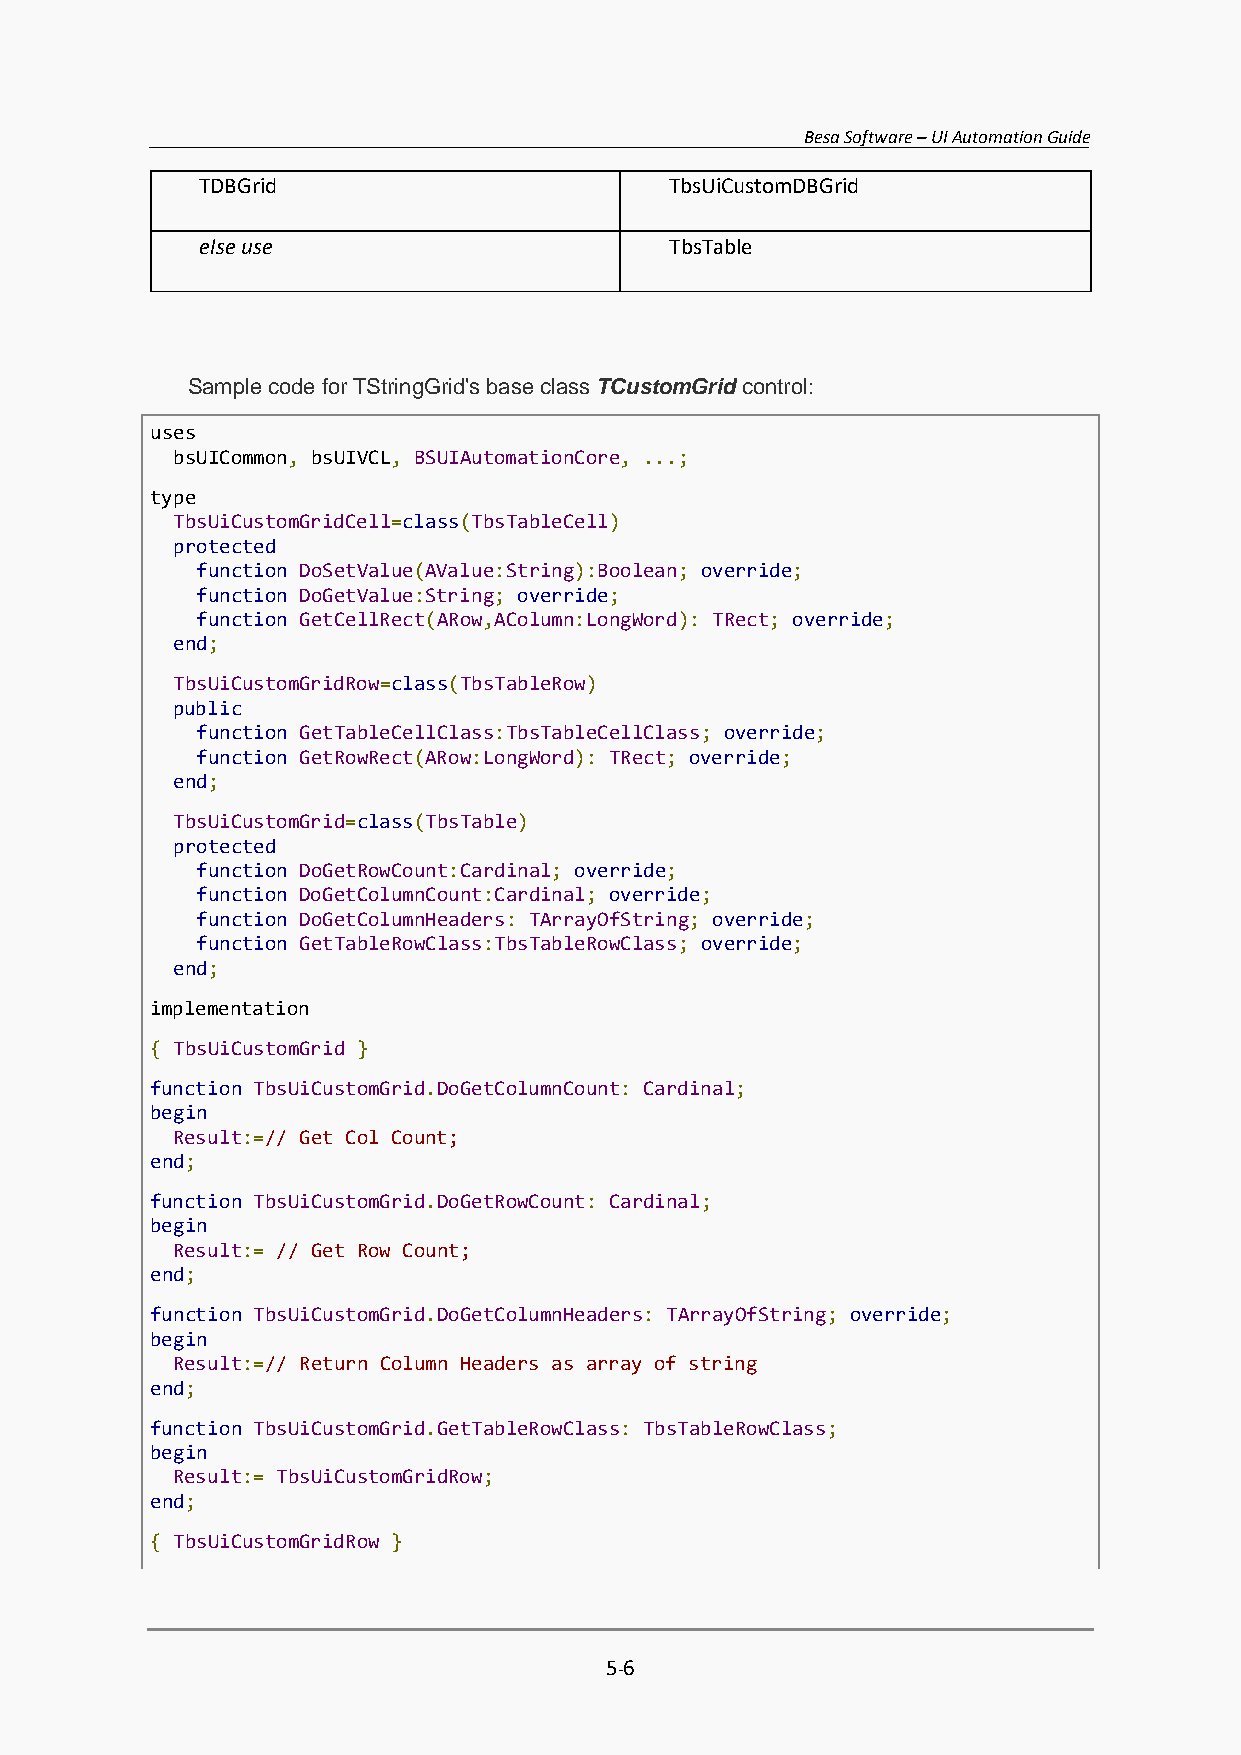
Besa Software – UI Automation Guide
 TDBGrid                        TbsUiCustomDBGrid
 else use                       TbsTable
 Sample code for TStringGrid's base class TCustomGrid control:
 uses
 bsUICommon, bsUIVCL, BSUIAutomationCore, ...;
 type
 TbsUiCustomGridCell=class(TbsTableCell)
 protected
 function DoSetValue(AValue:String):Boolean; override;
 function DoGetValue:String; override;
 function GetCellRect(ARow,AColumn:LongWord): TRect; override;
 end;
 TbsUiCustomGridRow=class(TbsTableRow)
 public
 function GetTableCellClass:TbsTableCellClass; override;
 function GetRowRect(ARow:LongWord): TRect; override;
 end;
 TbsUiCustomGrid=class(TbsTable)
 protected
 function DoGetRowCount:Cardinal; override;
 function DoGetColumnCount:Cardinal; override;
 function DoGetColumnHeaders: TArrayOfString; override;
 function GetTableRowClass:TbsTableRowClass; override;
 end;
 implementation
 { TbsUiCustomGrid }
 function TbsUiCustomGrid.DoGetColumnCount: Cardinal;
 begin
 Result:=// Get Col Count;
 end;
 function TbsUiCustomGrid.DoGetRowCount: Cardinal;
 begin
 Result:= // Get Row Count;
 end;
 function TbsUiCustomGrid.DoGetColumnHeaders: TArrayOfString; override;
 begin
 Result:=// Return Column Headers as array of string
 end;
 function TbsUiCustomGrid.GetTableRowClass: TbsTableRowClass;
 begin
 Result:= TbsUiCustomGridRow;
 end;
 { TbsUiCustomGridRow }
 5-6